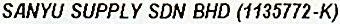
SANYU SUPPLY SDN BHD (1135772-K)